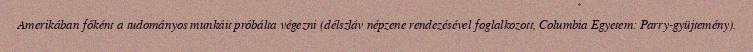
Amerikában főként a tudományos munkáit próbálta végezni (délszláv népzene rendezésével foglalkozott, Columbia Egyetem: Parry-gyüjtemény).